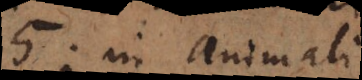
5; in animali